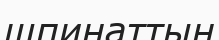
шпинаттың